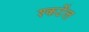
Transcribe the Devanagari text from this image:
श्कर्टेल